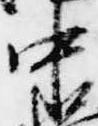
中